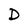
Character: D